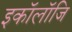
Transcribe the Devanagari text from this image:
इकॉलॉजि